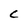
Character: C